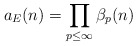
\begin{align*} a_{E}(n) = \prod_{p \leq \infty} \beta_{p}(n)\end{align*}